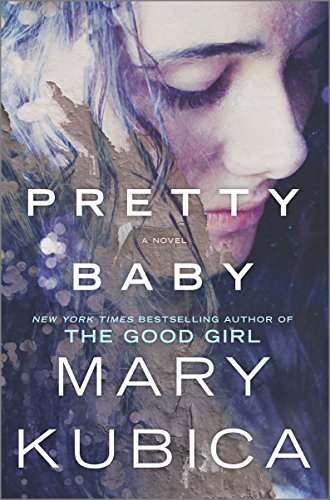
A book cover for Pretty Baby; Mary Kubica; Mystery, Thriller & Suspense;